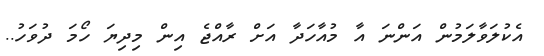
އެކުލަވާލަމުން އަންނަ އާ މުއާހަދާ އަށް ރާއްޖެ އިން މިދިޔަ ހޯމަ ދުވަހު..